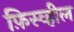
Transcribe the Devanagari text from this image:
फ़िस्व्हील